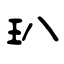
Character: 玐